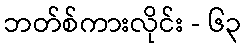
ဘတ်စ်ကားလိုင်း - ၆၃